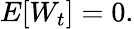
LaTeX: E[W_{t}]=0.